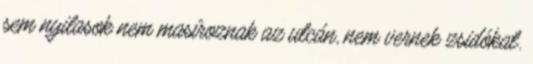
sem nyilasok nem masíroznak az utcán, nem vernek zsidókat.